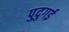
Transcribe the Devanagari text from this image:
पुदुगई